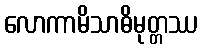
လောကာမိသာဓိမုတ္တဿ